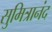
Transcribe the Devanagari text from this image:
सुमित्रानंद